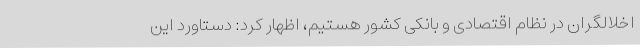
اخلالگران در نظام اقتصادی و بانکی کشور هستیم، اظهار کرد: دستاورد این